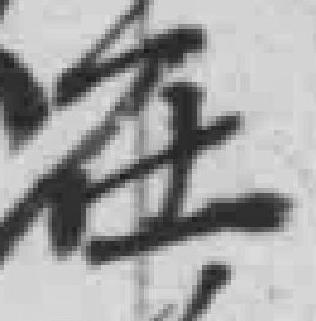
在